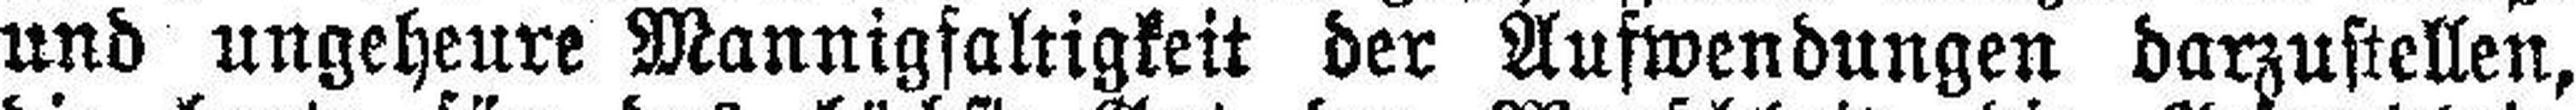
und ungeheure Mannigfaltigkeit der Aufwendungen darzustellen,